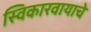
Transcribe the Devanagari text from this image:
स्विकारवायाचे